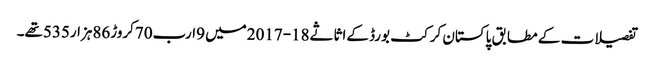
تفصیلات کے مطابق پاکستان کرکٹ بورڈ کےاثاثے18-2017میں 9ارب70کروڑ86ہزار535تھے۔